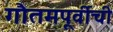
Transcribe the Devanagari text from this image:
गौतमपूर्वीची